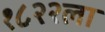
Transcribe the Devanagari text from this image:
१८२२ला